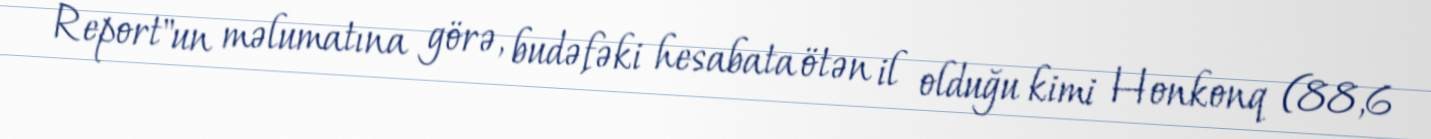
Report"un məlumatına görə, budəfəki hesabata ötən il olduğu kimi Honkonq (88,6